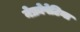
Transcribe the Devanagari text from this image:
नेफ्रोपेटिया